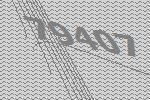
79407